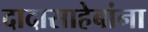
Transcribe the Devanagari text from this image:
दादासाहेबांना